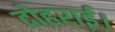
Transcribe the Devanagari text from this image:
दोहराई।